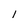
Character: I